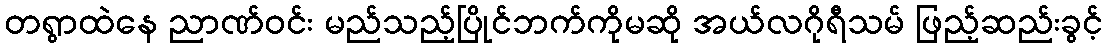
တရွာထဲနေ ညာဏ်ဝင်း မည်သည့်ပြိုင်ဘက်ကိုမဆို အယ်လဂိုရီသမ် ဖြည့်ဆည်းခွင့်